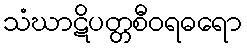
သံဃာဋိပတ္တစီဝရဓရော